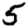
Digit: 5